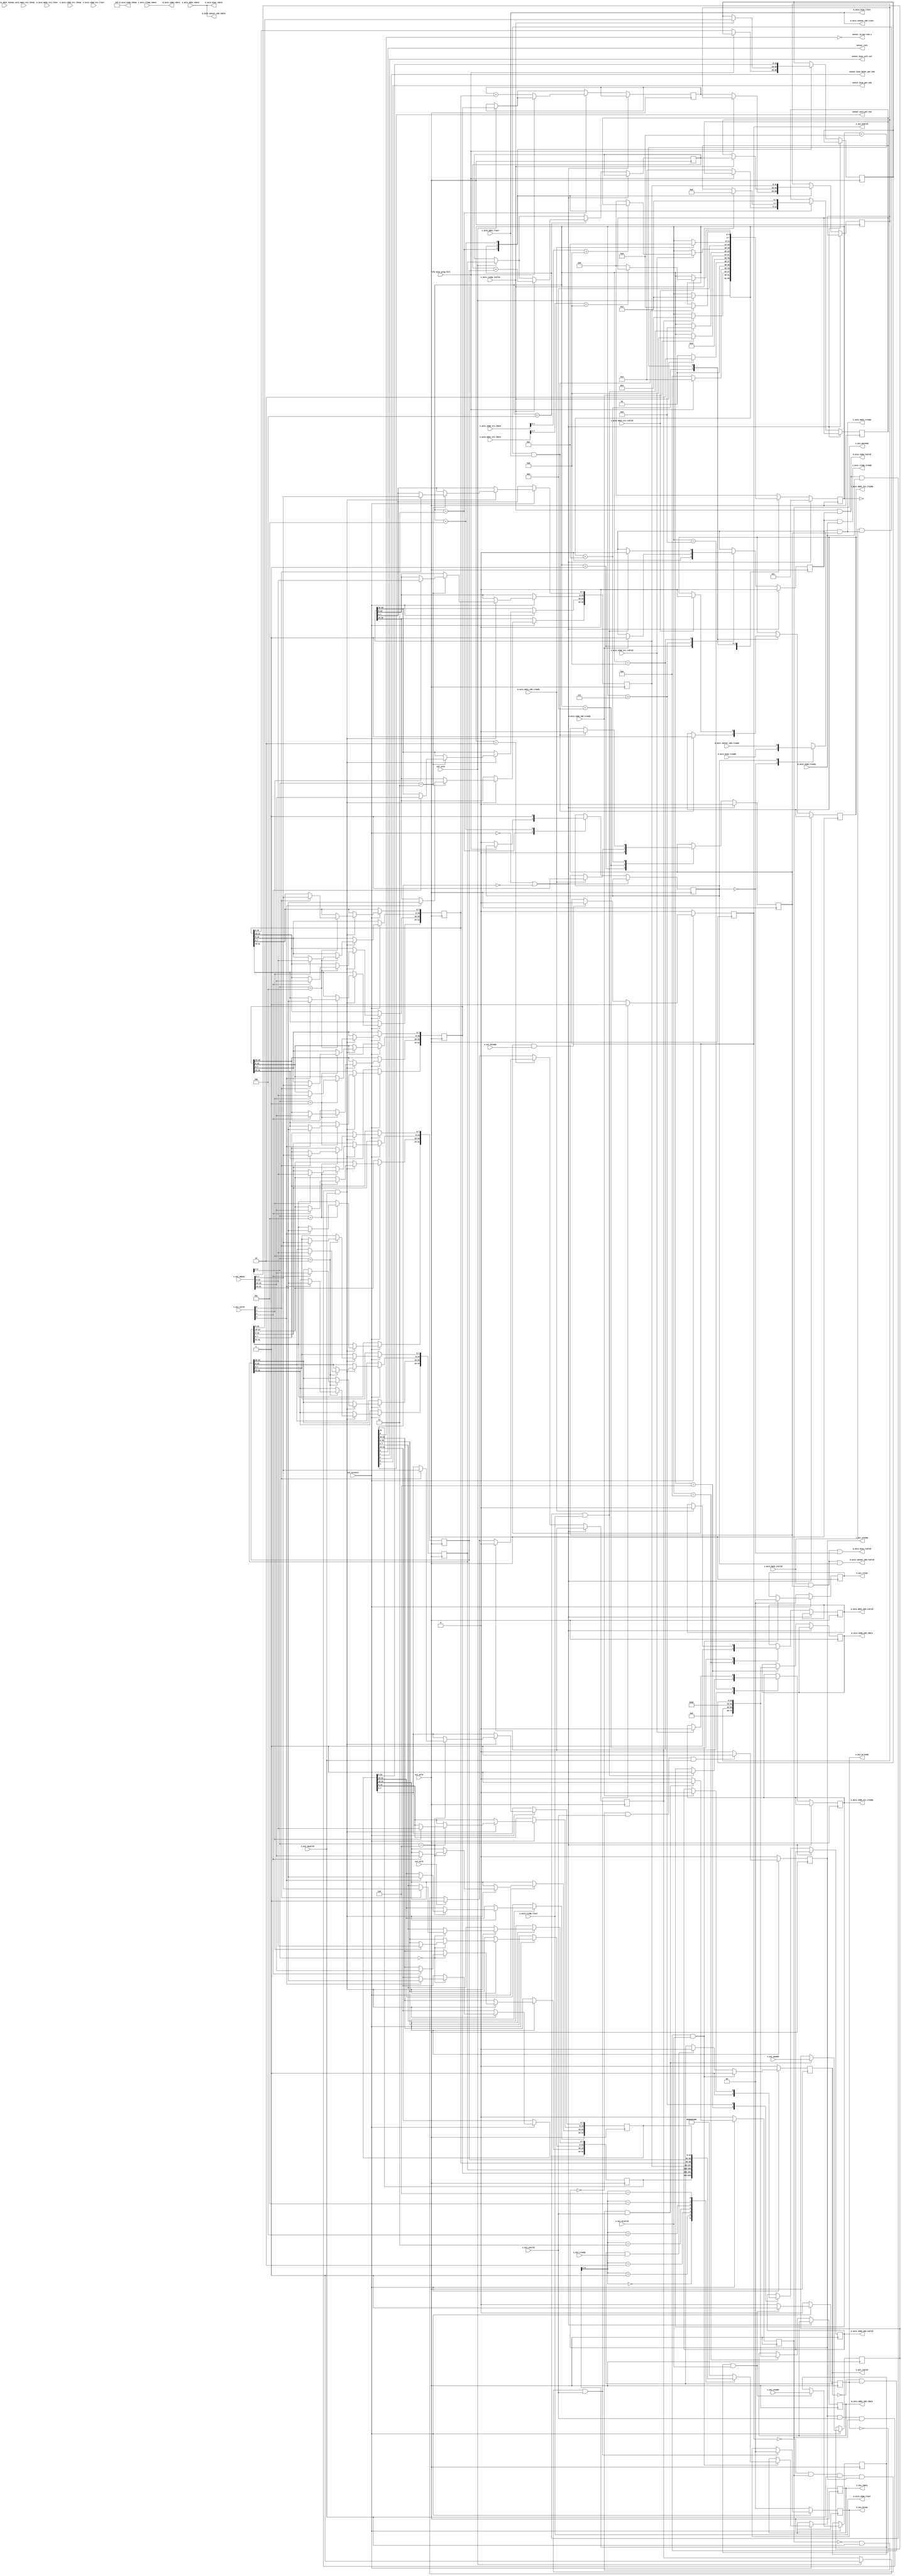
// This program was cloned from: https://github.com/OVGN/OpenIRV
// License: Apache License 2.0

/* 
 * ----------------------------------------------------------------------------
 *  Project:  OpenIRV
 *  Purpose:  ISC0901 control and data management module.
 * ----------------------------------------------------------------------------
 *  Copyright  2020-2021, Vaagn Oganesyan <ovgn@protonmail.com>
 *  
 *  Licensed under the Apache License, Version 2.0 (the "License");
 *  you may not use this file except in compliance with the License.
 *  You may obtain a copy of the License at
 *  
 *      http://www.apache.org/licenses/LICENSE-2.0
 *  
 *  Unless required by applicable law or agreed to in writing, software
 *  distributed under the License is distributed on an "AS IS" BASIS,
 *  WITHOUT WARRANTIES OR CONDITIONS OF ANY KIND, either express or implied.
 *  See the License for the specific language governing permissions and
 * ----------------------------------------------------------------------------
 */


`default_nettype none
`timescale 1ps / 1ps


module ISC0901_ctrl #
(
    parameter   integer C_S_AXI_ADDR_WIDTH = 8
)
(
    (* X_INTERFACE_PARAMETER = "XIL_INTERFACENAME RSTIF, POLARITY ACTIVE_LOW" *)
    (* X_INTERFACE_INFO = "xilinx.com:signal:reset:1.0 RSTIF RST" *)
    input   wire            axi_aresetn,
    
    (* X_INTERFACE_PARAMETER = "XIL_INTERFACENAME CLKIF, ASSOCIATED_BUSIF S_AXI_LITE:S_AXIS_RTEMP:M_AXIS_BIAS:M_AXIS_SENSOR_CMD:S_AXIS_MM2S:M_AXIS_S2MM:M_AXIS_MM2S_CMD:S_AXIS_MM2S_STS:M_AXIS_S2MM_CMD:S_AXIS_S2MM_STS, ASSOCIATED_RESET axi_aresetn" *)
    (* X_INTERFACE_INFO = "xilinx.com:signal:clock:1.0 CLKIF CLK" *)
    input   wire            axi_aclk,
    
    input   wire            sof_strb,
    input   wire            eol_strb,
    
    input   wire            fifo_bias_prog_full,
    
    output  wire            sensor_rstn,
    output  wire            sensor_bias_volt_sel,
    output  wire            sensor_bias_boost_pwr_ena,
    output  wire            sensor_bias_pwr_ena,
    output  wire            sensor_core_pwr_ena,
    output  wire            sensor_io_pwr_ena_n,
    
    (* X_INTERFACE_PARAMETER = "MAX_BURST_LENGTH 1, SUPPORTS_NARROW_BURST 0, READ_WRITE_MODE READ_WRITE, BUSER_WIDTH 0, RUSER_WIDTH 0, WUSER_WIDTH 0, ARUSER_WIDTH 0, AWUSER_WIDTH 0, ADDR_WIDTH 8, ID_WIDTH 0, PROTOCOL AXI4LITE, DATA_WIDTH 32, HAS_BURST 0, HAS_CACHE 0, HAS_LOCK 0, HAS_PROT 0, HAS_QOS 0, HAS_REGION 0, HAS_WSTRB 1, HAS_BRESP 1, HAS_RRESP 1" *)
    (* X_INTERFACE_INFO = "xilinx.com:interface:aximm:1.0 S_AXI_LITE AWADDR"  *)    input   wire    [C_S_AXI_ADDR_WIDTH - 1:0]  s_axi_awaddr,
    (* X_INTERFACE_INFO = "xilinx.com:interface:aximm:1.0 S_AXI_LITE AWVALID" *)    input   wire                                s_axi_awvalid,
    (* X_INTERFACE_INFO = "xilinx.com:interface:aximm:1.0 S_AXI_LITE AWREADY" *)    output  reg                                 s_axi_awready   = 1'b0,
    
    (* X_INTERFACE_INFO = "xilinx.com:interface:aximm:1.0 S_AXI_LITE WDATA"   *)    input   wire    [31:0]                      s_axi_wdata,
    (* X_INTERFACE_INFO = "xilinx.com:interface:aximm:1.0 S_AXI_LITE WSTRB"   *)    input   wire    [3:0]                       s_axi_wstrb,
    (* X_INTERFACE_INFO = "xilinx.com:interface:aximm:1.0 S_AXI_LITE WVALID"  *)    input   wire                                s_axi_wvalid,
    (* X_INTERFACE_INFO = "xilinx.com:interface:aximm:1.0 S_AXI_LITE WREADY"  *)    output  reg                                 s_axi_wready    = 1'b0,
    
    (* X_INTERFACE_INFO = "xilinx.com:interface:aximm:1.0 S_AXI_LITE BRESP"   *)    output  reg     [1:0]                       s_axi_bresp     = 2'b00,
    (* X_INTERFACE_INFO = "xilinx.com:interface:aximm:1.0 S_AXI_LITE BVALID"  *)    output  reg                                 s_axi_bvalid    = 1'b0,
    (* X_INTERFACE_INFO = "xilinx.com:interface:aximm:1.0 S_AXI_LITE BREADY"  *)    input   wire                                s_axi_bready,
    
    (* X_INTERFACE_INFO = "xilinx.com:interface:aximm:1.0 S_AXI_LITE ARADDR"  *)    input   wire    [C_S_AXI_ADDR_WIDTH - 1:0]  s_axi_araddr,
    (* X_INTERFACE_INFO = "xilinx.com:interface:aximm:1.0 S_AXI_LITE ARVALID" *)    input   wire                                s_axi_arvalid,
    (* X_INTERFACE_INFO = "xilinx.com:interface:aximm:1.0 S_AXI_LITE ARREADY" *)    output  reg                                 s_axi_arready   = 1'b0,
    
    (* X_INTERFACE_INFO = "xilinx.com:interface:aximm:1.0 S_AXI_LITE RDATA"   *)    output  reg     [31:0]                      s_axi_rdata = {32{1'b0}},
    (* X_INTERFACE_INFO = "xilinx.com:interface:aximm:1.0 S_AXI_LITE RRESP"   *)    output  reg     [1:0]                       s_axi_rresp     = 2'b00,
    (* X_INTERFACE_INFO = "xilinx.com:interface:aximm:1.0 S_AXI_LITE RVALID"  *)    output  reg                                 s_axi_rvalid    = 1'b0,
    (* X_INTERFACE_INFO = "xilinx.com:interface:aximm:1.0 S_AXI_LITE RREADY"  *)    input   wire                                s_axi_rready,
    
    /* Slave AXIS sensor row temperature/feedback ??? */
    (* X_INTERFACE_PARAMETER = "XIL_INTERFACENAME S_AXIS_RTEMP, TDATA_NUM_BYTES 4, TDEST_WIDTH 0, TID_WIDTH 0, TUSER_WIDTH 0, HAS_TREADY 1, HAS_TSTRB 0, HAS_TKEEP 0, HAS_TLAST 1" *)
    (* X_INTERFACE_INFO = "xilinx.com:interface:axis:1.0 S_AXIS_RTEMP TDATA"  *)        input   wire    [31:0]  s_axis_rtemp_tdata,
    (* X_INTERFACE_INFO = "xilinx.com:interface:axis:1.0 S_AXIS_RTEMP TVALID" *)        input   wire            s_axis_rtemp_tvalid,
    (* X_INTERFACE_INFO = "xilinx.com:interface:axis:1.0 S_AXIS_RTEMP TREADY" *)        output  wire            s_axis_rtemp_tready,
    (* X_INTERFACE_INFO = "xilinx.com:interface:axis:1.0 S_AXIS_RTEMP TLAST"  *)        input   wire            s_axis_rtemp_tlast,

    /* Master AXIS sensor bias row */
    (* X_INTERFACE_PARAMETER = "XIL_INTERFACENAME M_AXIS_BIAS, TDATA_NUM_BYTES 4, TDEST_WIDTH 0, TID_WIDTH 0, TUSER_WIDTH 0, HAS_TREADY 1, HAS_TSTRB 0, HAS_TKEEP 0, HAS_TLAST 1" *)
    (* X_INTERFACE_INFO = "xilinx.com:interface:axis:1.0 M_AXIS_BIAS TDATA"  *)         output  wire    [31:0]  m_axis_bias_tdata,
    (* X_INTERFACE_INFO = "xilinx.com:interface:axis:1.0 M_AXIS_BIAS TVALID" *)         output  wire            m_axis_bias_tvalid,
    (* X_INTERFACE_INFO = "xilinx.com:interface:axis:1.0 M_AXIS_BIAS TREADY" *)         input   wire            m_axis_bias_tready,
    (* X_INTERFACE_INFO = "xilinx.com:interface:axis:1.0 M_AXIS_BIAS TLAST"  *)         output  wire            m_axis_bias_tlast,
    
    /* Master AXIS sensor command */
    (* X_INTERFACE_PARAMETER = "XIL_INTERFACENAME M_AXIS_SENSOR_CMD, TDATA_NUM_BYTES 4, TDEST_WIDTH 0, TID_WIDTH 0, TUSER_WIDTH 0, HAS_TREADY 1, HAS_TSTRB 0, HAS_TKEEP 0, HAS_TLAST 1" *)
    (* X_INTERFACE_INFO = "xilinx.com:interface:axis:1.0 M_AXIS_SENSOR_CMD TDATA"  *)   output  wire    [31:0]  m_axis_sensor_cmd_tdata,
    (* X_INTERFACE_INFO = "xilinx.com:interface:axis:1.0 M_AXIS_SENSOR_CMD TVALID" *)   output  wire            m_axis_sensor_cmd_tvalid,
    (* X_INTERFACE_INFO = "xilinx.com:interface:axis:1.0 M_AXIS_SENSOR_CMD TREADY" *)   input   wire            m_axis_sensor_cmd_tready,
    (* X_INTERFACE_INFO = "xilinx.com:interface:axis:1.0 M_AXIS_SENSOR_CMD TLAST"  *)   output  wire            m_axis_sensor_cmd_tlast,
    
    /* DataMover MM2S (read from memory) */
    (* X_INTERFACE_PARAMETER = "XIL_INTERFACENAME S_AXIS_MM2S, TDATA_NUM_BYTES 4, TDEST_WIDTH 0, TID_WIDTH 0, TUSER_WIDTH 0, HAS_TREADY 1, HAS_TSTRB 0, HAS_TKEEP 1, HAS_TLAST 1" *)
    (* X_INTERFACE_INFO = "xilinx.com:interface:axis:1.0 S_AXIS_MM2S TDATA"  *)         input   wire    [31:0]  s_axis_mm2s_tdata,
    (* X_INTERFACE_INFO = "xilinx.com:interface:axis:1.0 S_AXIS_MM2S TKEEP"  *)         input   wire    [3:0]   s_axis_mm2s_tkeep,
    (* X_INTERFACE_INFO = "xilinx.com:interface:axis:1.0 S_AXIS_MM2S TVALID" *)         input   wire            s_axis_mm2s_tvalid,
    (* X_INTERFACE_INFO = "xilinx.com:interface:axis:1.0 S_AXIS_MM2S TREADY" *)         output  wire            s_axis_mm2s_tready,
    (* X_INTERFACE_INFO = "xilinx.com:interface:axis:1.0 S_AXIS_MM2S TLAST"  *)         input   wire            s_axis_mm2s_tlast,
    
    /* DataMover S2MM (write to memory) */
    (* X_INTERFACE_PARAMETER = "XIL_INTERFACENAME M_AXIS_S2MM, TDATA_NUM_BYTES 4, TDEST_WIDTH 0, TID_WIDTH 0, TUSER_WIDTH 0, HAS_TREADY 1, HAS_TSTRB 0, HAS_TKEEP 1, HAS_TLAST 1" *)
    (* X_INTERFACE_INFO = "xilinx.com:interface:axis:1.0 M_AXIS_S2MM TDATA"  *)         output  wire    [31:0]  m_axis_s2mm_tdata,
    (* X_INTERFACE_INFO = "xilinx.com:interface:axis:1.0 M_AXIS_S2MM TKEEP"  *)         output  wire    [3:0]   m_axis_s2mm_tkeep,
    (* X_INTERFACE_INFO = "xilinx.com:interface:axis:1.0 M_AXIS_S2MM TVALID" *)         output  wire            m_axis_s2mm_tvalid,
    (* X_INTERFACE_INFO = "xilinx.com:interface:axis:1.0 M_AXIS_S2MM TREADY" *)         input   wire            m_axis_s2mm_tready,
    (* X_INTERFACE_INFO = "xilinx.com:interface:axis:1.0 M_AXIS_S2MM TLAST"  *)         output  wire            m_axis_s2mm_tlast,
    
    /* DataMover MM2S command interface */
    (* X_INTERFACE_PARAMETER = "XIL_INTERFACENAME M_AXIS_MM2S_CMD, TDATA_NUM_BYTES 9, TDEST_WIDTH 0, TID_WIDTH 0, TUSER_WIDTH 0, HAS_TREADY 1, HAS_TSTRB 0, HAS_TKEEP 0, HAS_TLAST 0" *)
    (* X_INTERFACE_INFO = "xilinx.com:interface:axis:1.0 M_AXIS_MM2S_CMD TDATA"  *)     output  reg     [71:0]  m_axis_mm2s_cmd_tdata,
    (* X_INTERFACE_INFO = "xilinx.com:interface:axis:1.0 M_AXIS_MM2S_CMD TVALID" *)     output  reg             m_axis_mm2s_cmd_tvalid,
    (* X_INTERFACE_INFO = "xilinx.com:interface:axis:1.0 M_AXIS_MM2S_CMD TREADY" *)     input   wire            m_axis_mm2s_cmd_tready,
    
    /* DataMover MM2S status interface */
    (* X_INTERFACE_PARAMETER = "XIL_INTERFACENAME S_AXIS_MM2S_STS, TDATA_NUM_BYTES 1, TDEST_WIDTH 0, TID_WIDTH 0, TUSER_WIDTH 0, HAS_TREADY 1, HAS_TSTRB 0, HAS_TKEEP 1, HAS_TLAST 1" *)
    (* X_INTERFACE_INFO = "xilinx.com:interface:axis:1.0 S_AXIS_MM2S_STS TDATA"  *)     input   wire    [7:0]   s_axis_mm2s_sts_tdata,
    (* X_INTERFACE_INFO = "xilinx.com:interface:axis:1.0 S_AXIS_MM2S_STS TKEEP"  *)     input   wire    [0:0]   s_axis_mm2s_sts_tkeep,
    (* X_INTERFACE_INFO = "xilinx.com:interface:axis:1.0 S_AXIS_MM2S_STS TVALID" *)     input   wire            s_axis_mm2s_sts_tvalid,
    (* X_INTERFACE_INFO = "xilinx.com:interface:axis:1.0 S_AXIS_MM2S_STS TREADY" *)     output  reg             s_axis_mm2s_sts_tready,
    (* X_INTERFACE_INFO = "xilinx.com:interface:axis:1.0 S_AXIS_MM2S_STS TLAST"  *)     input   wire            s_axis_mm2s_sts_tlast,
    
    /* DataMover S2MM command interface */
    (* X_INTERFACE_PARAMETER = "XIL_INTERFACENAME M_AXIS_S2MM_CMD, TDATA_NUM_BYTES 9, TDEST_WIDTH 0, TID_WIDTH 0, TUSER_WIDTH 0, HAS_TREADY 1, HAS_TSTRB 0, HAS_TKEEP 0, HAS_TLAST 0" *)
    (* X_INTERFACE_INFO = "xilinx.com:interface:axis:1.0 M_AXIS_S2MM_CMD TDATA"  *)     output  reg     [71:0]  m_axis_s2mm_cmd_tdata,
    (* X_INTERFACE_INFO = "xilinx.com:interface:axis:1.0 M_AXIS_S2MM_CMD TVALID" *)     output  reg             m_axis_s2mm_cmd_tvalid,
    (* X_INTERFACE_INFO = "xilinx.com:interface:axis:1.0 M_AXIS_S2MM_CMD TREADY" *)     input   wire            m_axis_s2mm_cmd_tready,
    
    /* DataMover S2MM status interface */
    (* X_INTERFACE_PARAMETER = "XIL_INTERFACENAME S_AXIS_S2MM_STS, TDATA_NUM_BYTES 1, TDEST_WIDTH 0, TID_WIDTH 0, TUSER_WIDTH 0, HAS_TREADY 1, HAS_TSTRB 0, HAS_TKEEP 1, HAS_TLAST 1" *)
    (* X_INTERFACE_INFO = "xilinx.com:interface:axis:1.0 S_AXIS_S2MM_STS TDATA"  *)     input   wire    [7:0]   s_axis_s2mm_sts_tdata,
    (* X_INTERFACE_INFO = "xilinx.com:interface:axis:1.0 S_AXIS_S2MM_STS TKEEP"  *)     input   wire    [0:0]   s_axis_s2mm_sts_tkeep,
    (* X_INTERFACE_INFO = "xilinx.com:interface:axis:1.0 S_AXIS_S2MM_STS TVALID" *)     input   wire            s_axis_s2mm_sts_tvalid,
    (* X_INTERFACE_INFO = "xilinx.com:interface:axis:1.0 S_AXIS_S2MM_STS TREADY" *)     output  reg             s_axis_s2mm_sts_tready,
    (* X_INTERFACE_INFO = "xilinx.com:interface:axis:1.0 S_AXIS_S2MM_STS TLAST"  *)     input   wire            s_axis_s2mm_sts_tlast
);
    
/*-------------------------------------------------------------------------------------------------------------------------------------*/

    localparam  AXI_RESP_OKAY   = 2'b00,
                AXI_RESP_EXOKAY = 2'b01,
                AXI_RESP_SLVERR = 2'b10,
                AXI_RESP_DECERR = 2'b11;
    
    integer i;
    
    reg     [C_S_AXI_ADDR_WIDTH - 1:0]  axi_awaddr = {C_S_AXI_ADDR_WIDTH{1'b0}};
    reg     [C_S_AXI_ADDR_WIDTH - 1:0]  axi_araddr = {C_S_AXI_ADDR_WIDTH{1'b0}};
    
    reg     [31:0]  ctrl_reg        = {32{1'b0}};
    reg     [31:0]  bias_buf_addr   = {32{1'b0}};
    reg     [31:0]  rtemp_buf_addr  = {32{1'b0}};
    reg     [31:0]  cmd_buf_addr    = {32{1'b0}};
    
    reg     [31:0]  bias_btt  = {32{1'b0}};
    reg     [31:0]  rtemp_btt = {32{1'b0}};
    reg     [31:0]  cmd_btt   = {32{1'b0}};
    
    
    always @(posedge axi_aclk) begin
        if (~axi_aresetn) begin
            s_axi_awready <= 1'b0;
            s_axi_wready  <= 1'b0;
            
            s_axi_bvalid  <= 1'b0;
            s_axi_bresp   <= AXI_RESP_OKAY;
            
            s_axi_arready <= 1'b0;
            s_axi_rvalid  <= 1'b0;
            s_axi_rresp   <= AXI_RESP_OKAY;
        end else begin
            /* Write address handshake */
            s_axi_awready <= (~s_axi_awready & s_axi_awvalid & s_axi_wvalid)? 1'b1 : 1'b0;
            
            /* Write address capture */
            axi_awaddr    <= (~s_axi_awready & s_axi_awvalid & s_axi_wvalid)? s_axi_awaddr : axi_awaddr;
            
            /* Write data handshake */
            s_axi_wready  <= (~s_axi_wready & s_axi_wvalid & s_axi_awvalid)? 1'b1 : 1'b0;
            
            /* Write data */
            if (s_axi_wready & s_axi_wvalid & s_axi_awready & s_axi_awvalid) begin
                for (i = 0; i < 4; i = i + 1) begin
                    case (axi_awaddr[6:2])
                        
                        5'd0 : ctrl_reg[i*8 +: 8] <= s_axi_wstrb[i]? s_axi_wdata[i*8 +: 8] : ctrl_reg[i*8 +: 8];
                        
                        5'd1 : bias_buf_addr  [i*8 +: 8] <= s_axi_wstrb[i]? s_axi_wdata[i*8 +: 8] : bias_buf_addr  [i*8 +: 8];
                        5'd2 : rtemp_buf_addr [i*8 +: 8] <= s_axi_wstrb[i]? s_axi_wdata[i*8 +: 8] : rtemp_buf_addr [i*8 +: 8];
                        5'd3 : cmd_buf_addr   [i*8 +: 8] <= s_axi_wstrb[i]? s_axi_wdata[i*8 +: 8] : cmd_buf_addr   [i*8 +: 8];
                        
                        5'd4 : bias_btt [i*8 +: 8] <= s_axi_wstrb[i]? s_axi_wdata[i*8 +: 8] : bias_btt [i*8 +: 8];
                        5'd5 : rtemp_btt[i*8 +: 8] <= s_axi_wstrb[i]? s_axi_wdata[i*8 +: 8] : rtemp_btt[i*8 +: 8];
                        5'd6 : cmd_btt  [i*8 +: 8] <= s_axi_wstrb[i]? s_axi_wdata[i*8 +: 8] : cmd_btt  [i*8 +: 8];
                        
                        default: begin
                            /* TODO: do nothing? */
                        end
                    endcase
                end
            end
            
            /* Write response */
            if (~s_axi_bvalid & s_axi_awready & s_axi_awvalid & s_axi_wready & s_axi_wvalid) begin
                s_axi_bvalid <= 1'b1;
                s_axi_bresp  <= AXI_RESP_OKAY;
            end else begin
                if (s_axi_bvalid & s_axi_bready) begin
                    s_axi_bvalid <= 1'b0;
                end
            end
            
            /* Read address handshake */
            s_axi_arready <= (~s_axi_arready & s_axi_arvalid)? 1'b1 : 1'b0;
            
            /* Read address capture */
            axi_araddr    <= (~s_axi_arready & s_axi_arvalid)? s_axi_araddr : axi_araddr;
            
            /* Read data handshake and response */
            if (~s_axi_rvalid & s_axi_arready & s_axi_arvalid) begin
                s_axi_rvalid  <= 1'b1;
                s_axi_rresp   <= AXI_RESP_OKAY;
            end else begin
                if (s_axi_rvalid & s_axi_rready) begin
                    s_axi_rvalid  <= 1'b0;
                end
            end
            
            /* Read data */
            if (~s_axi_rvalid & s_axi_arready & s_axi_arvalid) begin
                case (axi_araddr[6:2])
                    5'd0 : s_axi_rdata <= ctrl_reg;
                    
                    5'd1 : s_axi_rdata <= bias_buf_addr;
                    5'd2 : s_axi_rdata <= rtemp_buf_addr;
                    5'd3 : s_axi_rdata <= cmd_buf_addr;
                    
                    5'd4 : s_axi_rdata <= bias_btt;
                    5'd5 : s_axi_rdata <= rtemp_btt;
                    5'd6 : s_axi_rdata <= cmd_btt;
                    
                    default: s_axi_rdata <= 32'hABADC0DE;
                endcase
            end
        end
    end
    
/*-------------------------------------------------------------------------------------------------------------------------------------*/

    localparam  [3:0]   DMA_XFER_OKAY       = 4'b1000,
                        DMA_XFER_SLVERR     = 4'b0100,
                        DMA_XFER_DECERR     = 4'b0010,
                        DMA_XFER_INTERR     = 4'b0001;
    
    localparam          BIAS_ROW_FIFO_ID    = 1'b0,
                        SENSOR_CMD_ID       = 1'b1;
    
    // S2MM
    reg             s2mm_xfer_ena = 1'b0;
    
    assign  m_axis_s2mm_tkeep   = {4{1'b1}};
    assign  m_axis_s2mm_tdata   = s_axis_rtemp_tdata;
    assign  m_axis_s2mm_tlast   = s_axis_rtemp_tlast;
    assign  m_axis_s2mm_tvalid  = s_axis_rtemp_tvalid & s2mm_xfer_ena;
    assign  s_axis_rtemp_tready = s2mm_xfer_ena & m_axis_s2mm_tready;
    
    // MM2S
    reg     mm2s_xfer_ena = 1'b0;
    reg     slave_select  = 1'b0;
    
    assign  m_axis_bias_tdata        = s_axis_mm2s_tdata;
    assign  m_axis_bias_tvalid       = s_axis_mm2s_tvalid & mm2s_xfer_ena & (slave_select == BIAS_ROW_FIFO_ID);
    assign  m_axis_bias_tlast        = s_axis_mm2s_tlast;
    
    assign  m_axis_sensor_cmd_tdata  = s_axis_mm2s_tdata;
    assign  m_axis_sensor_cmd_tvalid = s_axis_mm2s_tvalid & mm2s_xfer_ena & (slave_select == SENSOR_CMD_ID);
    assign  m_axis_sensor_cmd_tlast  = s_axis_mm2s_tlast;
    
    
    reg slave_axis_tready;
    
    always @(*) begin
        (* parallel_case *)
        case (slave_select)
            BIAS_ROW_FIFO_ID:   slave_axis_tready = m_axis_bias_tready;
            SENSOR_CMD_ID:      slave_axis_tready = m_axis_sensor_cmd_tready;
        endcase
    end
    
    assign  s_axis_mm2s_tready = slave_axis_tready & mm2s_xfer_ena;

/*-------------------------------------------------------------------------------------------------------------------------------------*/
    /* Main data streaming module. Current FSM manages
     * data movement by AXI-DataMover IP-core */
    
    localparam  [3:0]   ST_ERROR              = 4'd0,
                        ST_RESET              = 4'd1,
                        
                        ST_WAIT_EOL           = 4'd2,
                        ST_SEND_BIAS_ROW      = 4'd3,
                        ST_GET_ROW_TEMP       = 4'd4,
                        ST_SEND_SENSOR_CMD    = 4'd5,
                        
                        ST_DATMOV_S2MM_CMD_0  = 4'd6,
                        ST_DATMOV_S2MM_CMD_1  = 4'd7,
                        ST_DATMOV_S2MM_XFER   = 4'd8,
                        ST_GET_S2MM_XFER_STAT = 4'd9,
                        
                        ST_DATMOV_MM2S_CMD_0  = 4'd10,
                        ST_DATMOV_MM2S_CMD_1  = 4'd11,
                        ST_DATMOV_MM2S_XFER   = 4'd12,
                        ST_GET_MM2S_XFER_STAT = 4'd13;
    
    reg         [3:0]   state       = ST_RESET;
    reg         [3:0]   state_next  = ST_RESET;
    
    reg                 eol_flag = 1'b0;
    
    reg         [31:0]  rtemp_frame_ptr = {32{1'b0}};
    reg         [31:0]  bias_frame_ptr  = {32{1'b0}};
    
    reg         [31:0]  byte_offset;
    reg         [22:0]  btt_cnt;
    
    
    wire        [71:0]  datmov_cmd =    { 
                                            4'b0000,        // RSVD
                                            4'b0000,        // TAG (Command TAG)
                                            byte_offset,    // Memory address byte offset
                                            1'b0,           // DRR (DRE ReAlignment Request)
                                            1'b1,           // EOF (End of Frame)
                                            6'b000000,      // DSA (DRE Stream Alignment)
                                            1'b1,           // Access type (0 - fix, 1 - inc)
                                            btt_cnt         // Bytes to transfer count
                                        };
    
    always @(posedge axi_aclk) begin
        if (~axi_aresetn | ~ctrl_reg[31]) begin
            mm2s_xfer_ena <= 1'b0;
            s2mm_xfer_ena <= 1'b0;
            
            state <= ST_RESET;
        end else begin
            
            /* Reset frame pointers at the SOF */
            if (sof_strb) begin
                bias_frame_ptr  <= bias_buf_addr;
                rtemp_frame_ptr <= rtemp_buf_addr;
                
                eol_flag <= 1'b1;   // to fill all FIFOs at SOF
            end
            
            /* Registering EOL flag */
            if (eol_strb) begin
                eol_flag <= 1'b1;
            end
            
            /* Data management FSM */
            case (state)
                
                /* Unrecoverable error */
                ST_ERROR: begin
                    state <= state;
                end
                
                
                ST_RESET: begin
                    mm2s_xfer_ena <= 1'b0;
                    s2mm_xfer_ena <= 1'b0;
                    
                    if (sof_strb) begin
                        state <= ST_WAIT_EOL;
                    end
                end
                
                
                ST_WAIT_EOL: begin
                    if (eol_flag) begin
                        eol_flag <= 1'b0;
                        state <= ST_SEND_BIAS_ROW;
                    end
                end
                
                
                ST_SEND_BIAS_ROW: begin
                    if (~fifo_bias_prog_full) begin
                        slave_select <= BIAS_ROW_FIFO_ID;     
                        byte_offset <= bias_frame_ptr;       
                        bias_frame_ptr <= bias_frame_ptr + bias_btt;
                        btt_cnt <= bias_btt[22:0];
                        state <= ST_DATMOV_MM2S_CMD_0;
                        state_next <= ST_GET_ROW_TEMP;
                    end else begin
                        state <= ST_GET_ROW_TEMP;
                    end
                end
                
                
                ST_GET_ROW_TEMP: begin
                    if (s_axis_rtemp_tvalid) begin
                        byte_offset <= rtemp_frame_ptr;
                        rtemp_frame_ptr <= rtemp_frame_ptr + rtemp_btt;
                        btt_cnt <= rtemp_btt[22:0];
                        state <= ST_DATMOV_S2MM_CMD_0;
                        state_next <= ST_SEND_SENSOR_CMD;
                    end else begin
                        state <= ST_SEND_SENSOR_CMD;
                    end
                end
                
                
                ST_SEND_SENSOR_CMD: begin
                    slave_select <= SENSOR_CMD_ID;
                    byte_offset <= cmd_buf_addr;
                    btt_cnt <= cmd_btt[22:0];
                    state <= ST_DATMOV_MM2S_CMD_0;
                    state_next <= ST_WAIT_EOL;                    
                end
                
                /* Generate S2MM command for DataMover */
                ST_DATMOV_S2MM_CMD_0: begin
                    m_axis_s2mm_cmd_tdata <= datmov_cmd;
                    m_axis_s2mm_cmd_tvalid <= 1'b1;
                    state <= ST_DATMOV_S2MM_CMD_1;
                end
                
                /* Wait S2MM command to be accepted */
                ST_DATMOV_S2MM_CMD_1: begin
                    if (m_axis_s2mm_cmd_tready) begin
                        m_axis_s2mm_cmd_tvalid <= 1'b0;
                        s2mm_xfer_ena <= 1'b1;
                        state <= ST_DATMOV_S2MM_XFER;
                    end
                end
                
                /* Wait S2MM transfer to be done */
                ST_DATMOV_S2MM_XFER: begin
                    if (m_axis_s2mm_tvalid & m_axis_s2mm_tready & m_axis_s2mm_tlast) begin
                        s2mm_xfer_ena <= 1'b0;
                        s_axis_s2mm_sts_tready <= 1'b1;
                        state <= ST_GET_S2MM_XFER_STAT;
                    end
                end
                
                /* Check S2MM transfer status */
                ST_GET_S2MM_XFER_STAT: begin
                    if (s_axis_s2mm_sts_tvalid) begin
                        s_axis_s2mm_sts_tready <= 1'b0;
                        if (s_axis_s2mm_sts_tdata[7:4] == DMA_XFER_OKAY) begin
                            state <= state_next;
                        end else begin
                            state <= ST_ERROR;
                        end
                    end
                end              
                
                /* Generate MM2S command for DataMover */
                ST_DATMOV_MM2S_CMD_0: begin
                    m_axis_mm2s_cmd_tdata <= datmov_cmd;
                    m_axis_mm2s_cmd_tvalid <= 1'b1;
                    state <= ST_DATMOV_MM2S_CMD_1;
                end
                
                /* Wait MM2S command to be accepted */
                ST_DATMOV_MM2S_CMD_1: begin
                    if (m_axis_mm2s_cmd_tready) begin
                        m_axis_mm2s_cmd_tvalid <= 1'b0;
                        mm2s_xfer_ena <= 1'b1;
                        state <= ST_DATMOV_MM2S_XFER;
                    end
                end
                
                /* Wait MM2S transfer to be done */
                ST_DATMOV_MM2S_XFER: begin  
                    if (s_axis_mm2s_tvalid & s_axis_mm2s_tready & s_axis_mm2s_tlast) begin
                        mm2s_xfer_ena <= 1'b0;
                        s_axis_mm2s_sts_tready <= 1'b1;
                        state <= ST_GET_MM2S_XFER_STAT;
                    end
                end
                
                /* Check MM2S transfer status */
                ST_GET_MM2S_XFER_STAT: begin
                    if (s_axis_mm2s_sts_tvalid) begin
                        s_axis_mm2s_sts_tready <= 1'b0;
                        if (s_axis_mm2s_sts_tdata[7:4] == DMA_XFER_OKAY) begin
                            state <= state_next;
                        end else begin
                            state <= ST_ERROR;
                        end
                    end
                end
                
                default: begin
                    state <= ST_ERROR;
                end
                
            endcase
        end
    end
    
/*-------------------------------------------------------------------------------------------------------------------------------------*/
    
    assign sensor_bias_volt_sel      =  ctrl_reg[1];
    assign sensor_bias_boost_pwr_ena =  ctrl_reg[2];
    assign sensor_bias_pwr_ena       =  ctrl_reg[3];
    assign sensor_core_pwr_ena       =  ctrl_reg[4];
    assign sensor_io_pwr_ena_n       = ~ctrl_reg[5];
    assign sensor_rstn               =  ctrl_reg[6];
    
endmodule

/*-------------------------------------------------------------------------------------------------------------------------------------*/

`default_nettype wire